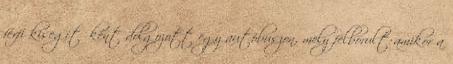
férfi kisegítőként dolgozott egy autóbuszon, mely felborult amikor a